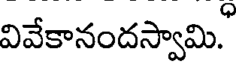
వివేకానందస్వామి.